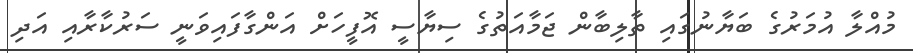
މުއްލާ އުމަރުގެ ބަޔާނުގައި ތާލިބާން ޖަމާއަތުގެ ސިޔާސީ އޮފީހަށް އަންގާފައިވަނީ ސަރުކާރާއި އަދި